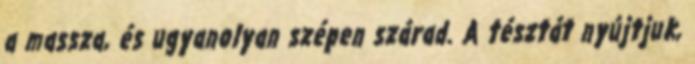
a massza, és ugyanolyan szépen szárad. A tésztát nyújtjuk,